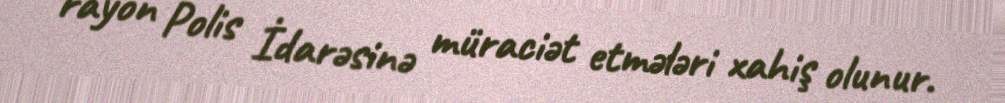
rayon Polis İdarəsinə müraciət etmələri xahiş olunur.